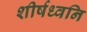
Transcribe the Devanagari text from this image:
शीर्षध्वनि